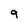
Character: 9